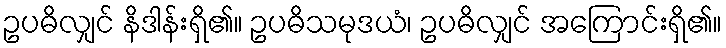
ဥပဓိလျှင် နိဒါန်းရှိ၏။ ဥပဓိသမုဒယံ၊ ဥပဓိလျှင် အကြောင်းရှိ၏။